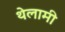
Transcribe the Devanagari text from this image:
थेलामी